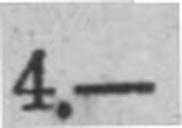
4.—